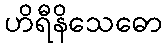
ဟိရီနိသေဓော